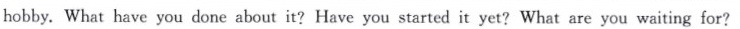
hobby. What have you done about it?Have you started it yet?What are you waiting for?